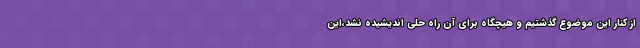
از کنار این موضوع گذشتیم و هیچگاه برای آن راه حلی اندیشیده نشد،این